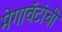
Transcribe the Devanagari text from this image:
मेगावॅटांची